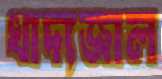
খাদ্যজাল